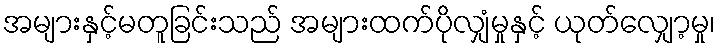
အများနှင့်မတူခြင်းသည် အများထက်ပိုလျှံမှုနှင့် ယုတ်လျှော့မှု၊